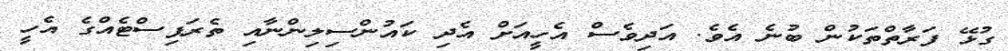
ގުޅޭ ފަރާތްތަކުން ބުނެ އެވެ. އަދިވެސް އެހީއަށް އެދި ކައުންސިލިންނާއި ތެރަޕިސްޓެއްގެ އެހީ